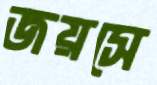
জয়সে